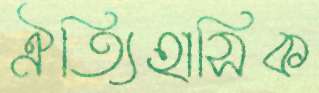
ঐত্যিহাসিক